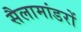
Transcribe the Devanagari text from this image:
सैलामांडरों